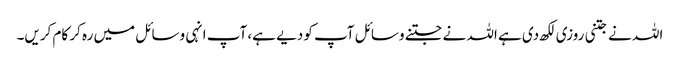
اللہ نے جتنی روزی لکھ دی ہے اللہ نے جتنے وسائل آپ کو دیے ہے، آپ انہی وسائل میں رہ کر کام کریں۔